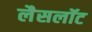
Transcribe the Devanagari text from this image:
लैसलॉट